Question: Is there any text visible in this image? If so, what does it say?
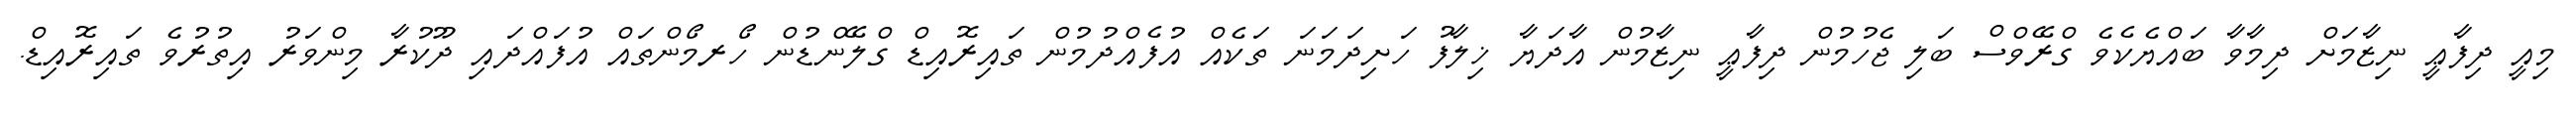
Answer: މިއީ ދިފާޢީ ނިޒާމަށް ދިމާވާ ބައްޔެކެވެ ގްރޭވްސް ބަލި ޖެހުމުން ދިފާޢީ ނިޒާމުން އާދަޔާ ޚިލާފު ހަށިދަމަނަ ތަކެއް އުފެއްދުމުން ތައިރޮއިޑް ގްލޭންޑުން ހޯރމޯންތައް އުފައްދައި ދޫކުރާ މިންވަރު އިތުރުވެ ތައިރޮއިޑް.